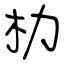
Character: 朸